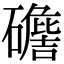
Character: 𥖷